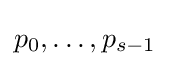
p_{0},\dots ,p_{s-1}